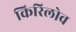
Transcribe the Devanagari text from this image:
किरिलोव